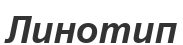
Линотип